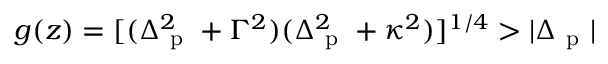
g ( z ) = [ ( \Delta _ { \mathrm { ~ p ~ } } ^ { 2 } + \Gamma ^ { 2 } ) ( \Delta _ { \mathrm { ~ p ~ } } ^ { 2 } + \kappa ^ { 2 } ) ] ^ { 1 / 4 } > | \Delta _ { \mathrm { ~ p ~ } } |